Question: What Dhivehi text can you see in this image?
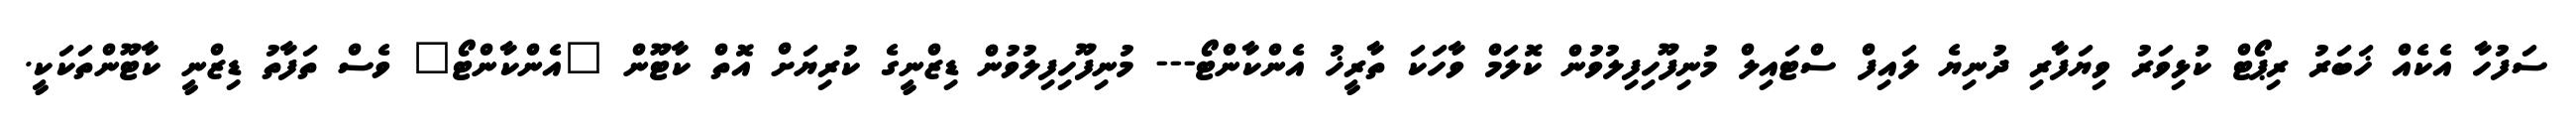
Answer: ސަފުހާ އެކެއް ޚަބަރު ރިޕޯޓް ކުޅިވަރު ވިޔަފާރި ދުނިޔެ ލައިފް ސްޓައިލް މުނިފޫހިފިލުވުން ކޮލަމް ވާހަކަ ތާރީޚު އެންކާންޓޯ--- މުނިފޫހިފިލުވުން ޑިޒްނީގެ ކުރިޔަށް އޮތް ކާޓޫން "އެންކާންޓޯ" ވެސް ތަފާތު ޑިޒްނީ ކާޓޫންތަކަކީ.